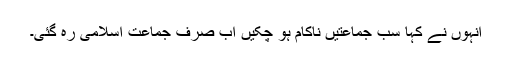
انہوں نے کہا سب جماعتیں ناکام ہو چکیں اب صرف جماعت اسلامی رہ گئی۔